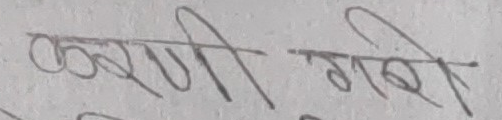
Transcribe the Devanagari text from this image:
करणी गयो